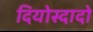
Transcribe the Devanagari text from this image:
दियोस्दादो